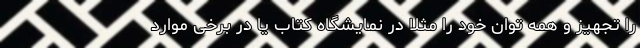
را تجهیز و همه توان خود را مثلاً در نمایشگاه کتاب یا در برخی موارد